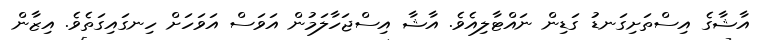
އާޝާގެ އިސްތަށިގަނޑު ގަޑިން ނައްޓާލިއެވެ. އާޝާ އިސްޖަހާލަމުން އަވަސް އަވަހަށް ހިނގައިގަތެވެ. އިޒާން